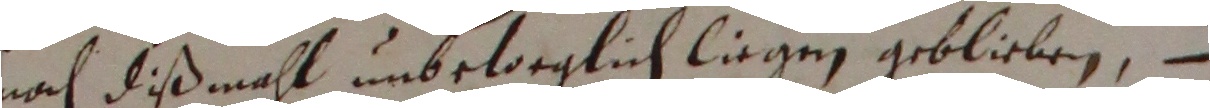
nach dißmahl unbeloeglich liegen geblieben,